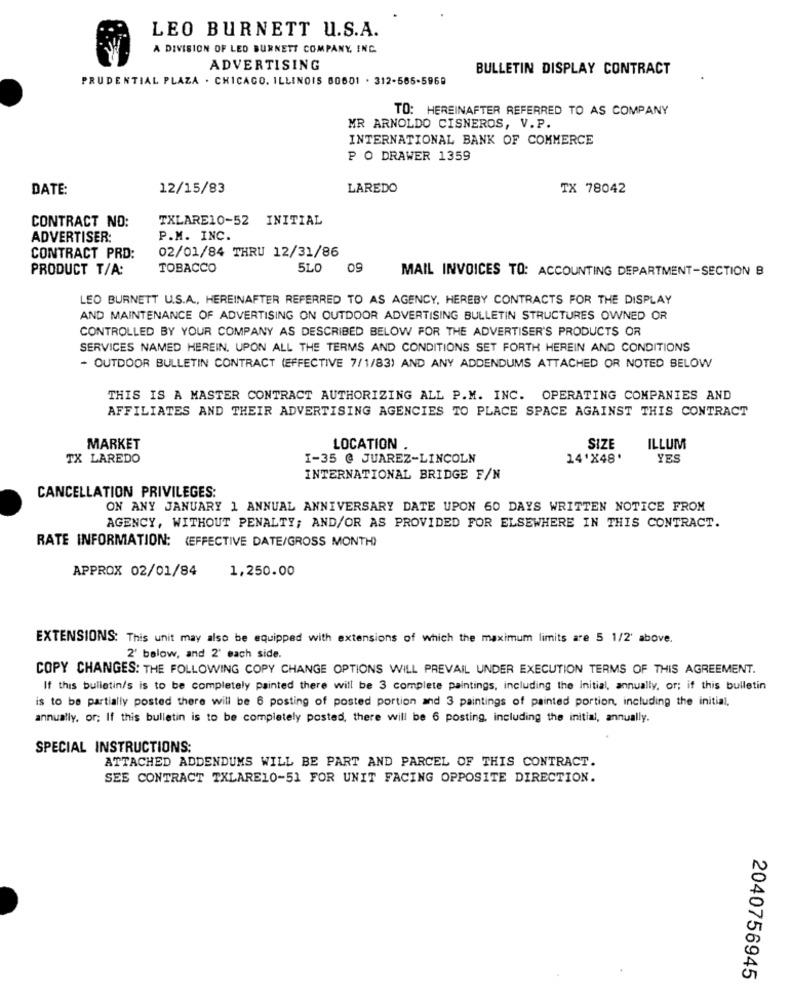
LEO BURNETT U.S.A.
A DIVISION OF LED BURNETT COMPANY, INC.
ADVERTISING
BULLETIN DISPLAY CONTRACT
PRUDENTIAL PLAZA . CHICAGO, ILLINOIS 60601 . 312-565-5969
TO: HEREINAFTER REFERRED TO AS COMPANY
MR ARNOLDO CISNEROS, V.P.
INTERNATIONAL BANK OF COMMERCE
P O DRAWER 1359
DATE:
12/15/83
LAREDO
TX 78042
TXLARE10-52 INITIAL
CONTRACT NO:
ADVERTISER:
P.M. INC.
02/01/84 THRU 12/31/86
CONTRACT PRD:
PRODUCT T/A:
TOBACCO
5LO
09
MAIL INVOICES TO: ACCOUNTING DEPARTMENT-SECTION B
LEO BURNETT U.S.A ., HEREINAFTER REFERRED TO AS AGENCY, HEREBY CONTRACTS FOR THE DISPLAY
AND MAINTENANCE OF ADVERTISING ON OUTDOOR ADVERTISING BULLETIN STRUCTURES OWNED OR
CONTROLLED BY YOUR COMPANY AS DESCRIBED BELOW FOR THE ADVERTISER'S PRODUCTS OR
SERVICES NAMED HEREIN. UPON ALL THE TERMS AND CONDITIONS SET FORTH HEREIN AND CONDITIONS
- OUTDOOR BULLETIN CONTRACT (EFFECTIVE 7/1/83) AND ANY ADDENDUMS ATTACHED OR NOTED BELOW
THIS IS A MASTER CONTRACT AUTHORIZING ALL P.M. INC. OPERATING COMPANIES AND
AFFILIATES AND THEIR ADVERTISING AGENCIES TO PLACE SPACE AGAINST THIS CONTRACT
MARKET
LOCATION
SIZE
ILLUM
TX LAREDO
I-35 @ JUAREZ-LINCOLN
14'X48'
YES
INTERNATIONAL BRIDGE F/N
CANCELLATION PRIVILEGES:
ON ANY JANUARY 1 ANNUAL ANNIVERSARY DATE UPON 60 DAYS WRITTEN NOTICE FROM
AGENCY, WITHOUT PENALTY; AND/OR AS PROVIDED FOR ELSEWHERE IN THIS CONTRACT.
RATE INFORMATION: (EFFECTIVE DATE/GROSS MONTH)
APPROX 02/01/84
1,250.00
EXTENSIONS: This unit may also be equipped with extensions of which the maximum limits are 5 1/2' above.
2' below, and 2' each side.
COPY CHANGES: THE FOLLOWING COPY CHANGE OPTIONS WILL PREVAIL UNDER EXECUTION TERMS OF THIS AGREEMENT.
If this bulletin/s is to be completely painted there will be 3 complete paintings, including the initial, annually, or; if this bulletin
is to be partially posted there will be 6 posting of posted portion and 3 paintings of painted portion, including the initial,
annually, or; If this bulletin is to be completely posted, there will be 6 posting, including the initial, annually.
SPECIAL INSTRUCTIONS:
ATTACHED ADDENDUMS WILL BE PART AND PARCEL OF THIS CONTRACT.
SEE CONTRACT TXLARE10-51 FOR UNIT FACING OPPOSITE DIRECTION.
2040756945